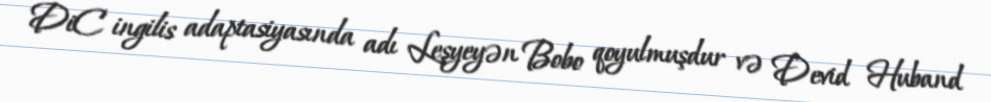
DiC ingilis adaptasiyasında adı Leşyeyən Bobo qoyulmuşdur və Devid Huband